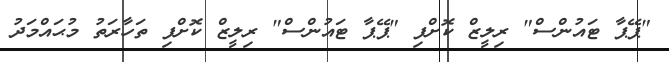
"ޕޭޕާ ޓައުންސް" ރިލީޒް ކޮށްފި "ޕޭޕާ ޓައުންސް" ރިލީޒް ކޮށްފި ތަހާރަތު މުޙައްމަދު